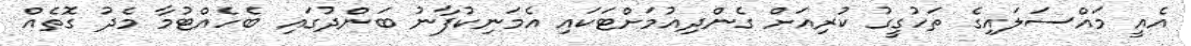
އެއީ މައްސަލައިގެ ތަހުގީގު ކުރިއަށް ގެންދިއުމަށްޓަކައި އެމަނިކުފާނު ބަންދުގައި ބެހެއްޓުމާ މެދު ގޮތެއް